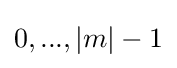
0,...,|m|-1